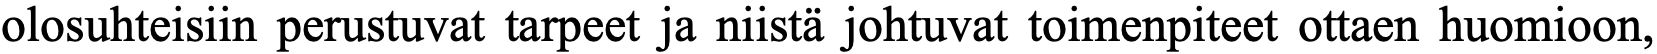
olosuhteisiin perustuvat tarpeet ja niistä johtuvat toimenpiteet ottaen huomioon,